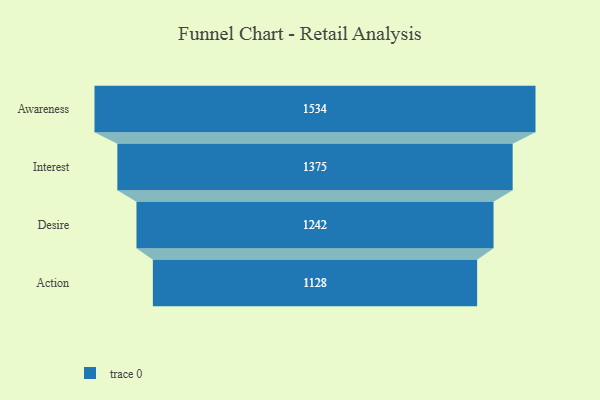
{"axis": {"x": "Stage", "y": "Value"}, "legend": [""], "data": [{"x": "Awareness", "y": 1534.0, "type": ""}, {"x": "Interest", "y": 1375.0, "type": ""}, {"x": "Desire", "y": 1242.0, "type": ""}, {"x": "Action", "y": 1128.0, "type": ""}]}